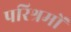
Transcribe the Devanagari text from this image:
परिश्रमों